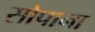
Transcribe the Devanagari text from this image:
सोपाना